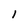
Character: 1